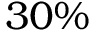
3 0 \%